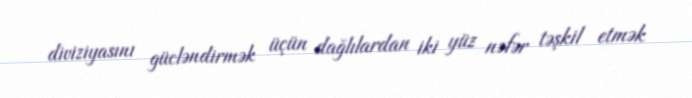
diviziyasını gücləndirmək üçün dağlılardan iki yüz nəfər təşkil etmək